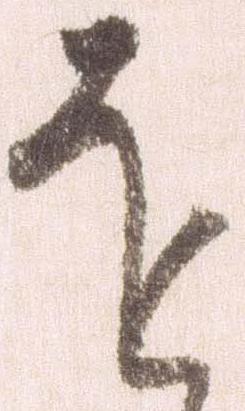
を